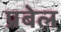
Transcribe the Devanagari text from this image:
प्रबेल